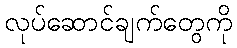
လုပ်ဆောင်ချက်တွေကို